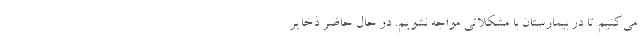
می‌کنیم تا در بیمارستان با مشکلاتی مواجه نشویم. در حال حاضر ذخایر